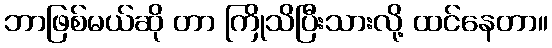
ဘာဖြစ်မယ်ဆို တာ ကြိုသိပြီးသားလို့ ထင်နေတာ။